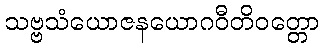
သဗ္ဗသံယောဇနယောဂဝီတိဝတ္တော